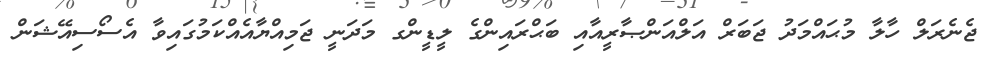
ޖެނެރަލް ހާލާ މުޙައްމަދު ޖަބަރް އަލްއަންޞާރީއާއި ބަޙްރައިންގެ ލީޑީންގ މަދަނީ ޖަމިއްޔާއެއްކަމުގައިވާ އެސޯސިއޭޝަން